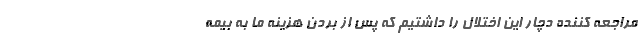
مراجعه کننده دچار این اختلال را داشتیم که پس از بردن هزینه ما به بیمه